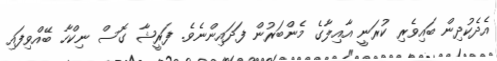
އެދެކުދިން ބައިވެރި ކުރަނީ އާއިލާގެ މެންބަރުން ފަދައިންނެވެ. ފަރީޝާ ގޮސް ނިކްހާ ބޭއްވިފައި